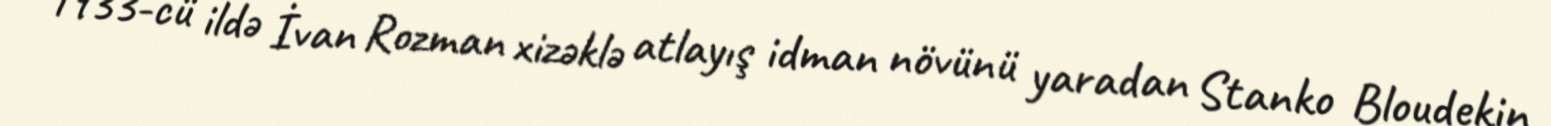
1933-cü ildə İvan Rozman xizəklə atlayış idman növünü yaradan Stanko Bloudekin